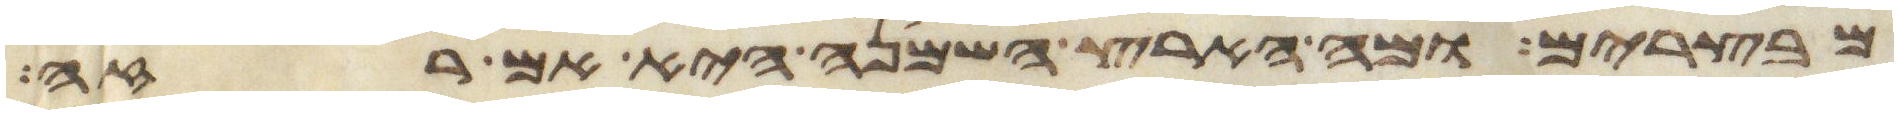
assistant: מבצרים ומה הארץ השמנה היא אם רזה